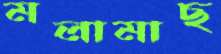
মলামাছ